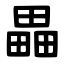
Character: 畾